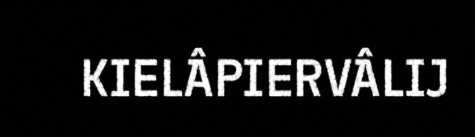
KIELÂPIERVÂLIJ